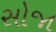
સોજા